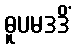
ဓူပမဒဒိံ